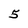
Character: 5